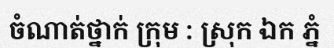
ចំណាត់ថ្នាក់ ក្រុម : ស្រុក ឯក ភ្នំ